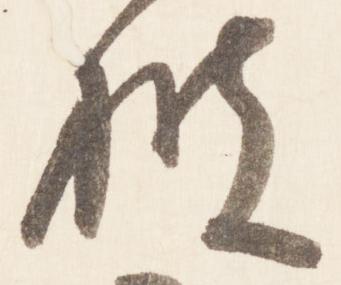
披